Vabadussoja_Ajaloo_Komitee, lk 63
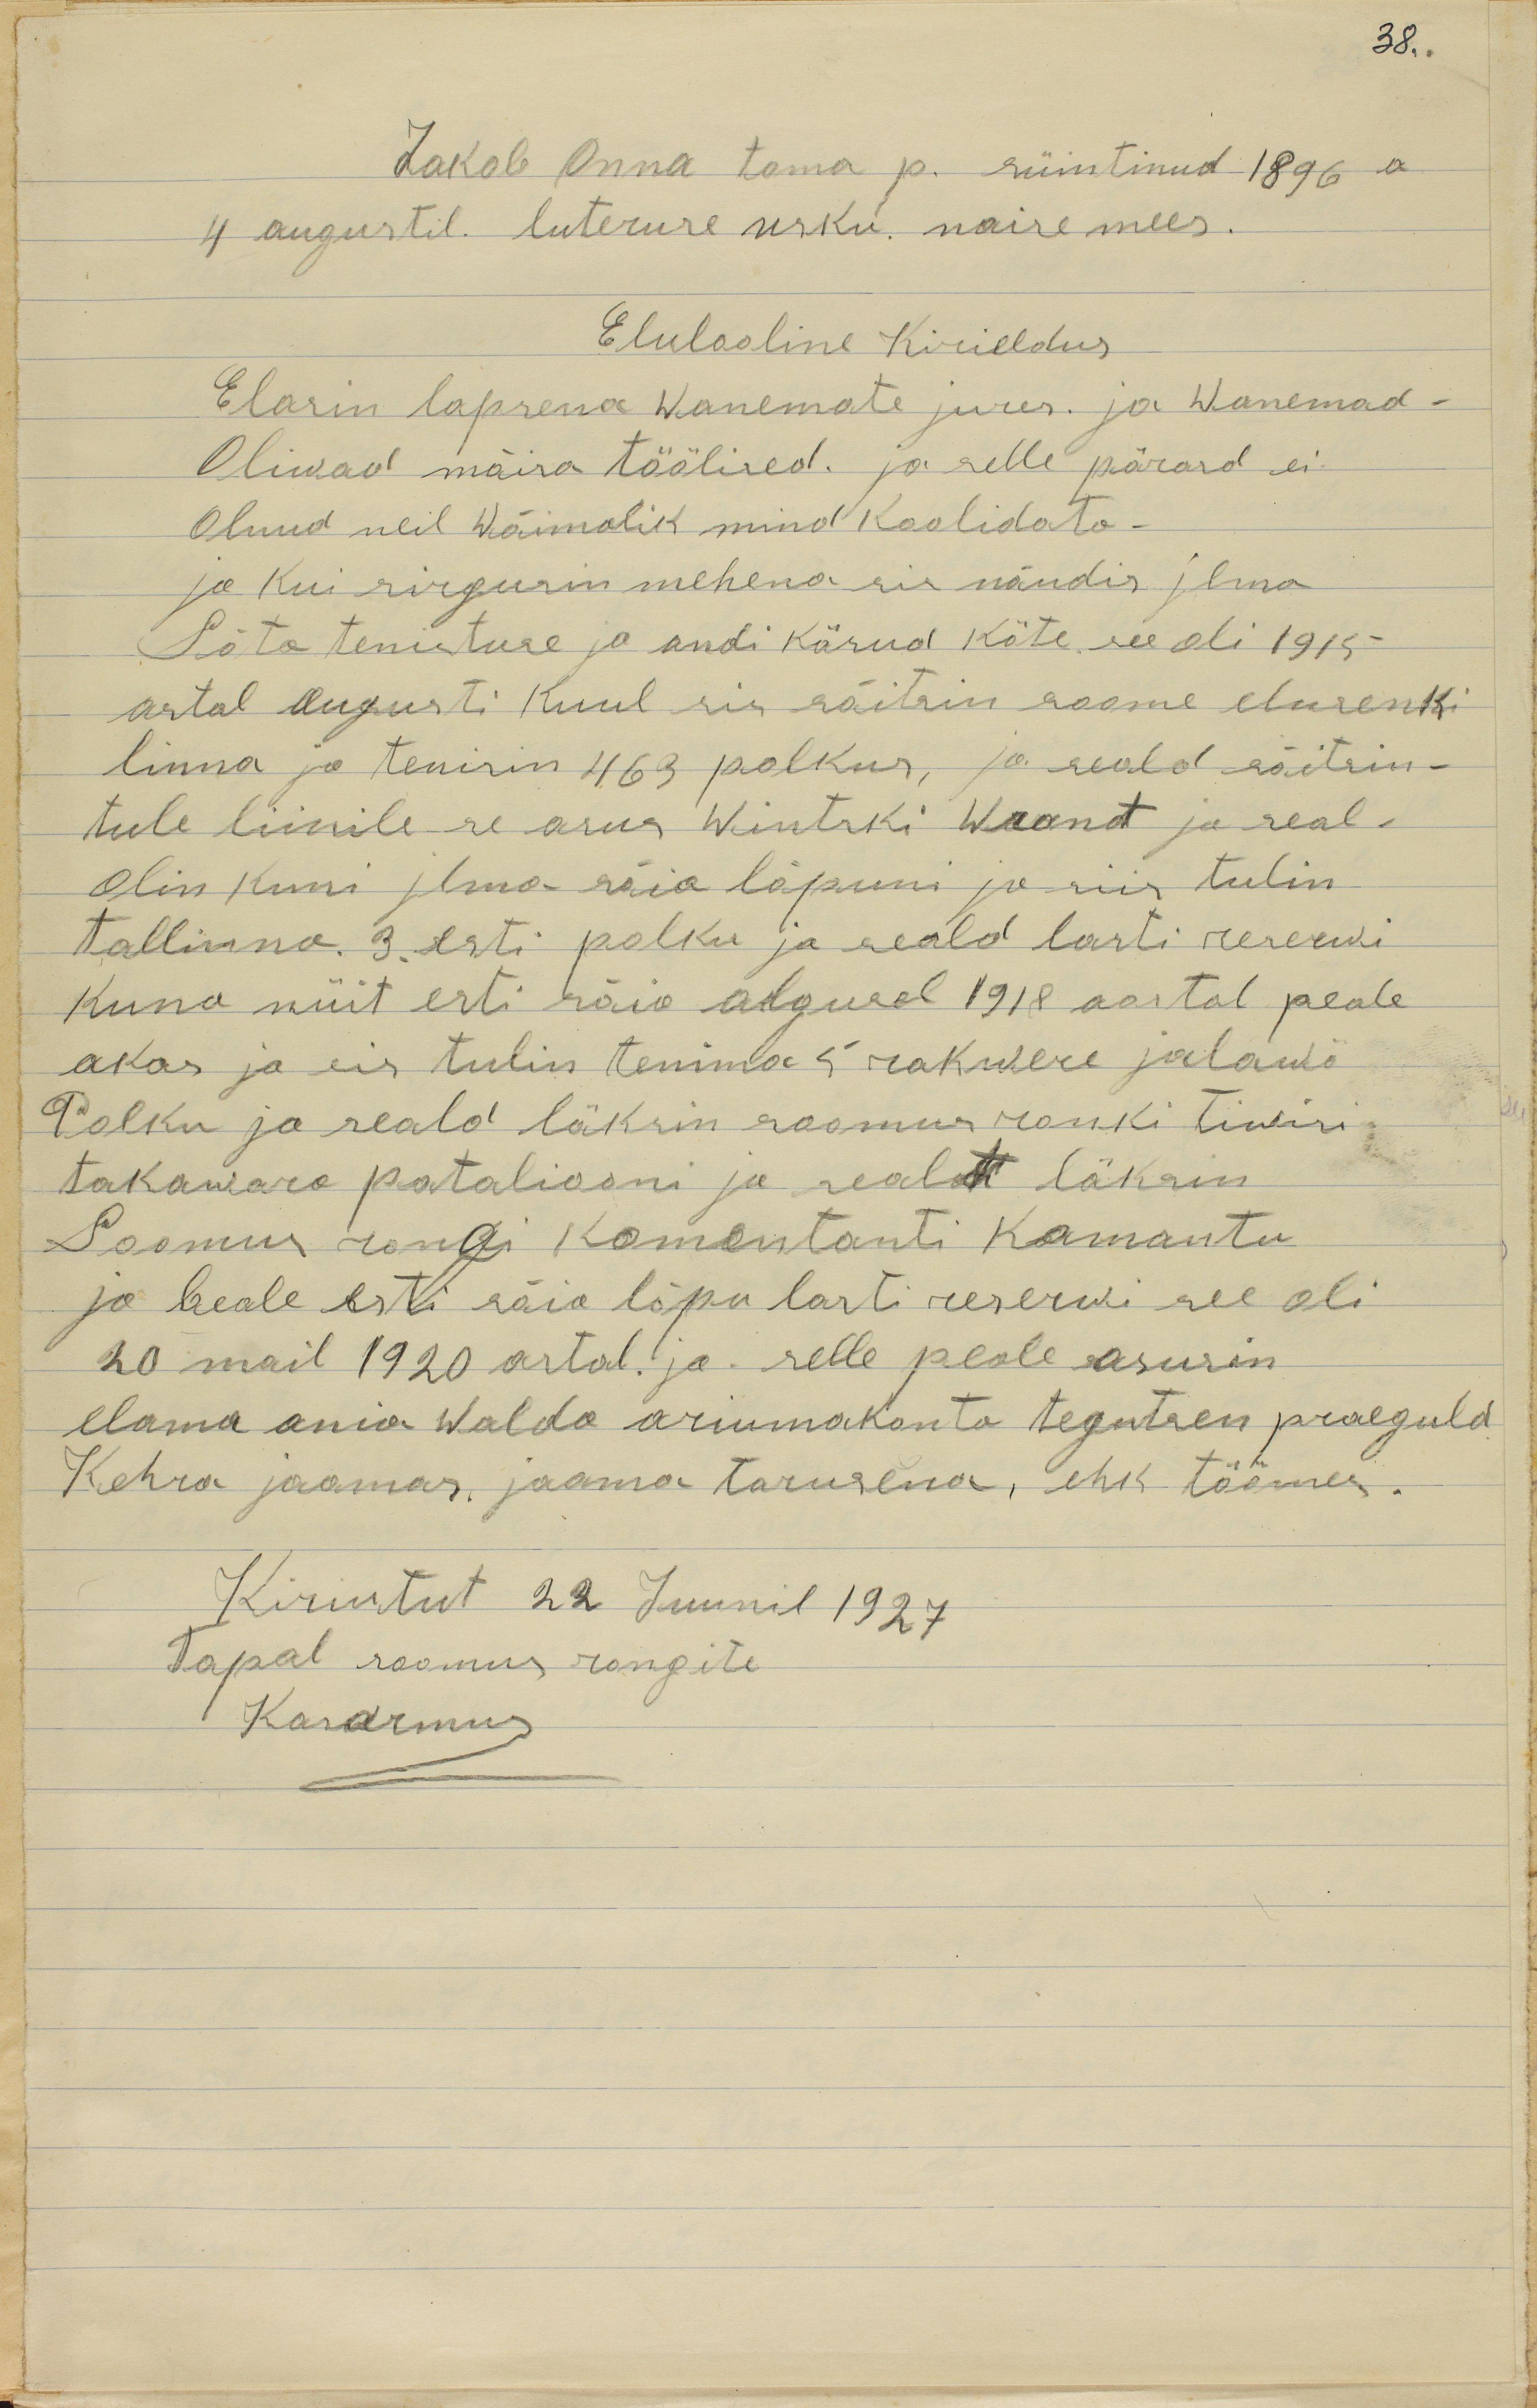
38..
Jakob Onna toma p. süintinud 1896 a
4 augustil. luteruse usku. naise mees.
Elulooline Kirieldus
Elasin lapsena wanemate jures ja wanemad
oliwad mõisa töölised. ja selle pärasd ei
olnud meil wõimalik mind koolidata.
ja kui sirgusin mehena sis nõudis ilma
Sõta tenistuse ja andi käsud käte. see oli 1915
astal augusti kuul sis sõitsin soome elusenki
linna ja tenisin 463 polkus, ja seald sõitsin
tule liinile se asus Wintski Wrant ja seal
olin kuni ilma sõia lõpuni ja siis tulin
tallinna 3. esti polku ja seald lasti reserwi
kuna nüit esti sõia algusel 1918 aastal peale
akas ja sis tulin tenima 5 rakwere jalawä
Polku ja seald läksin soomus ronki tiwisi
takawara pataliooni ja sealt läksin
Soomus rongi komantanti kamantu
ja beale esti sõia lõpu lasti reserwi see oli
20 mail 1920 astal. ja selle peale asusin
elama ania walda ariumakonta tegutsen praeguld
Kehra jaamas. jaama tarusena, ehk töömes.
Kiriutut 22 Juunil 1927
Tapal soomus rongite
Kasarmus